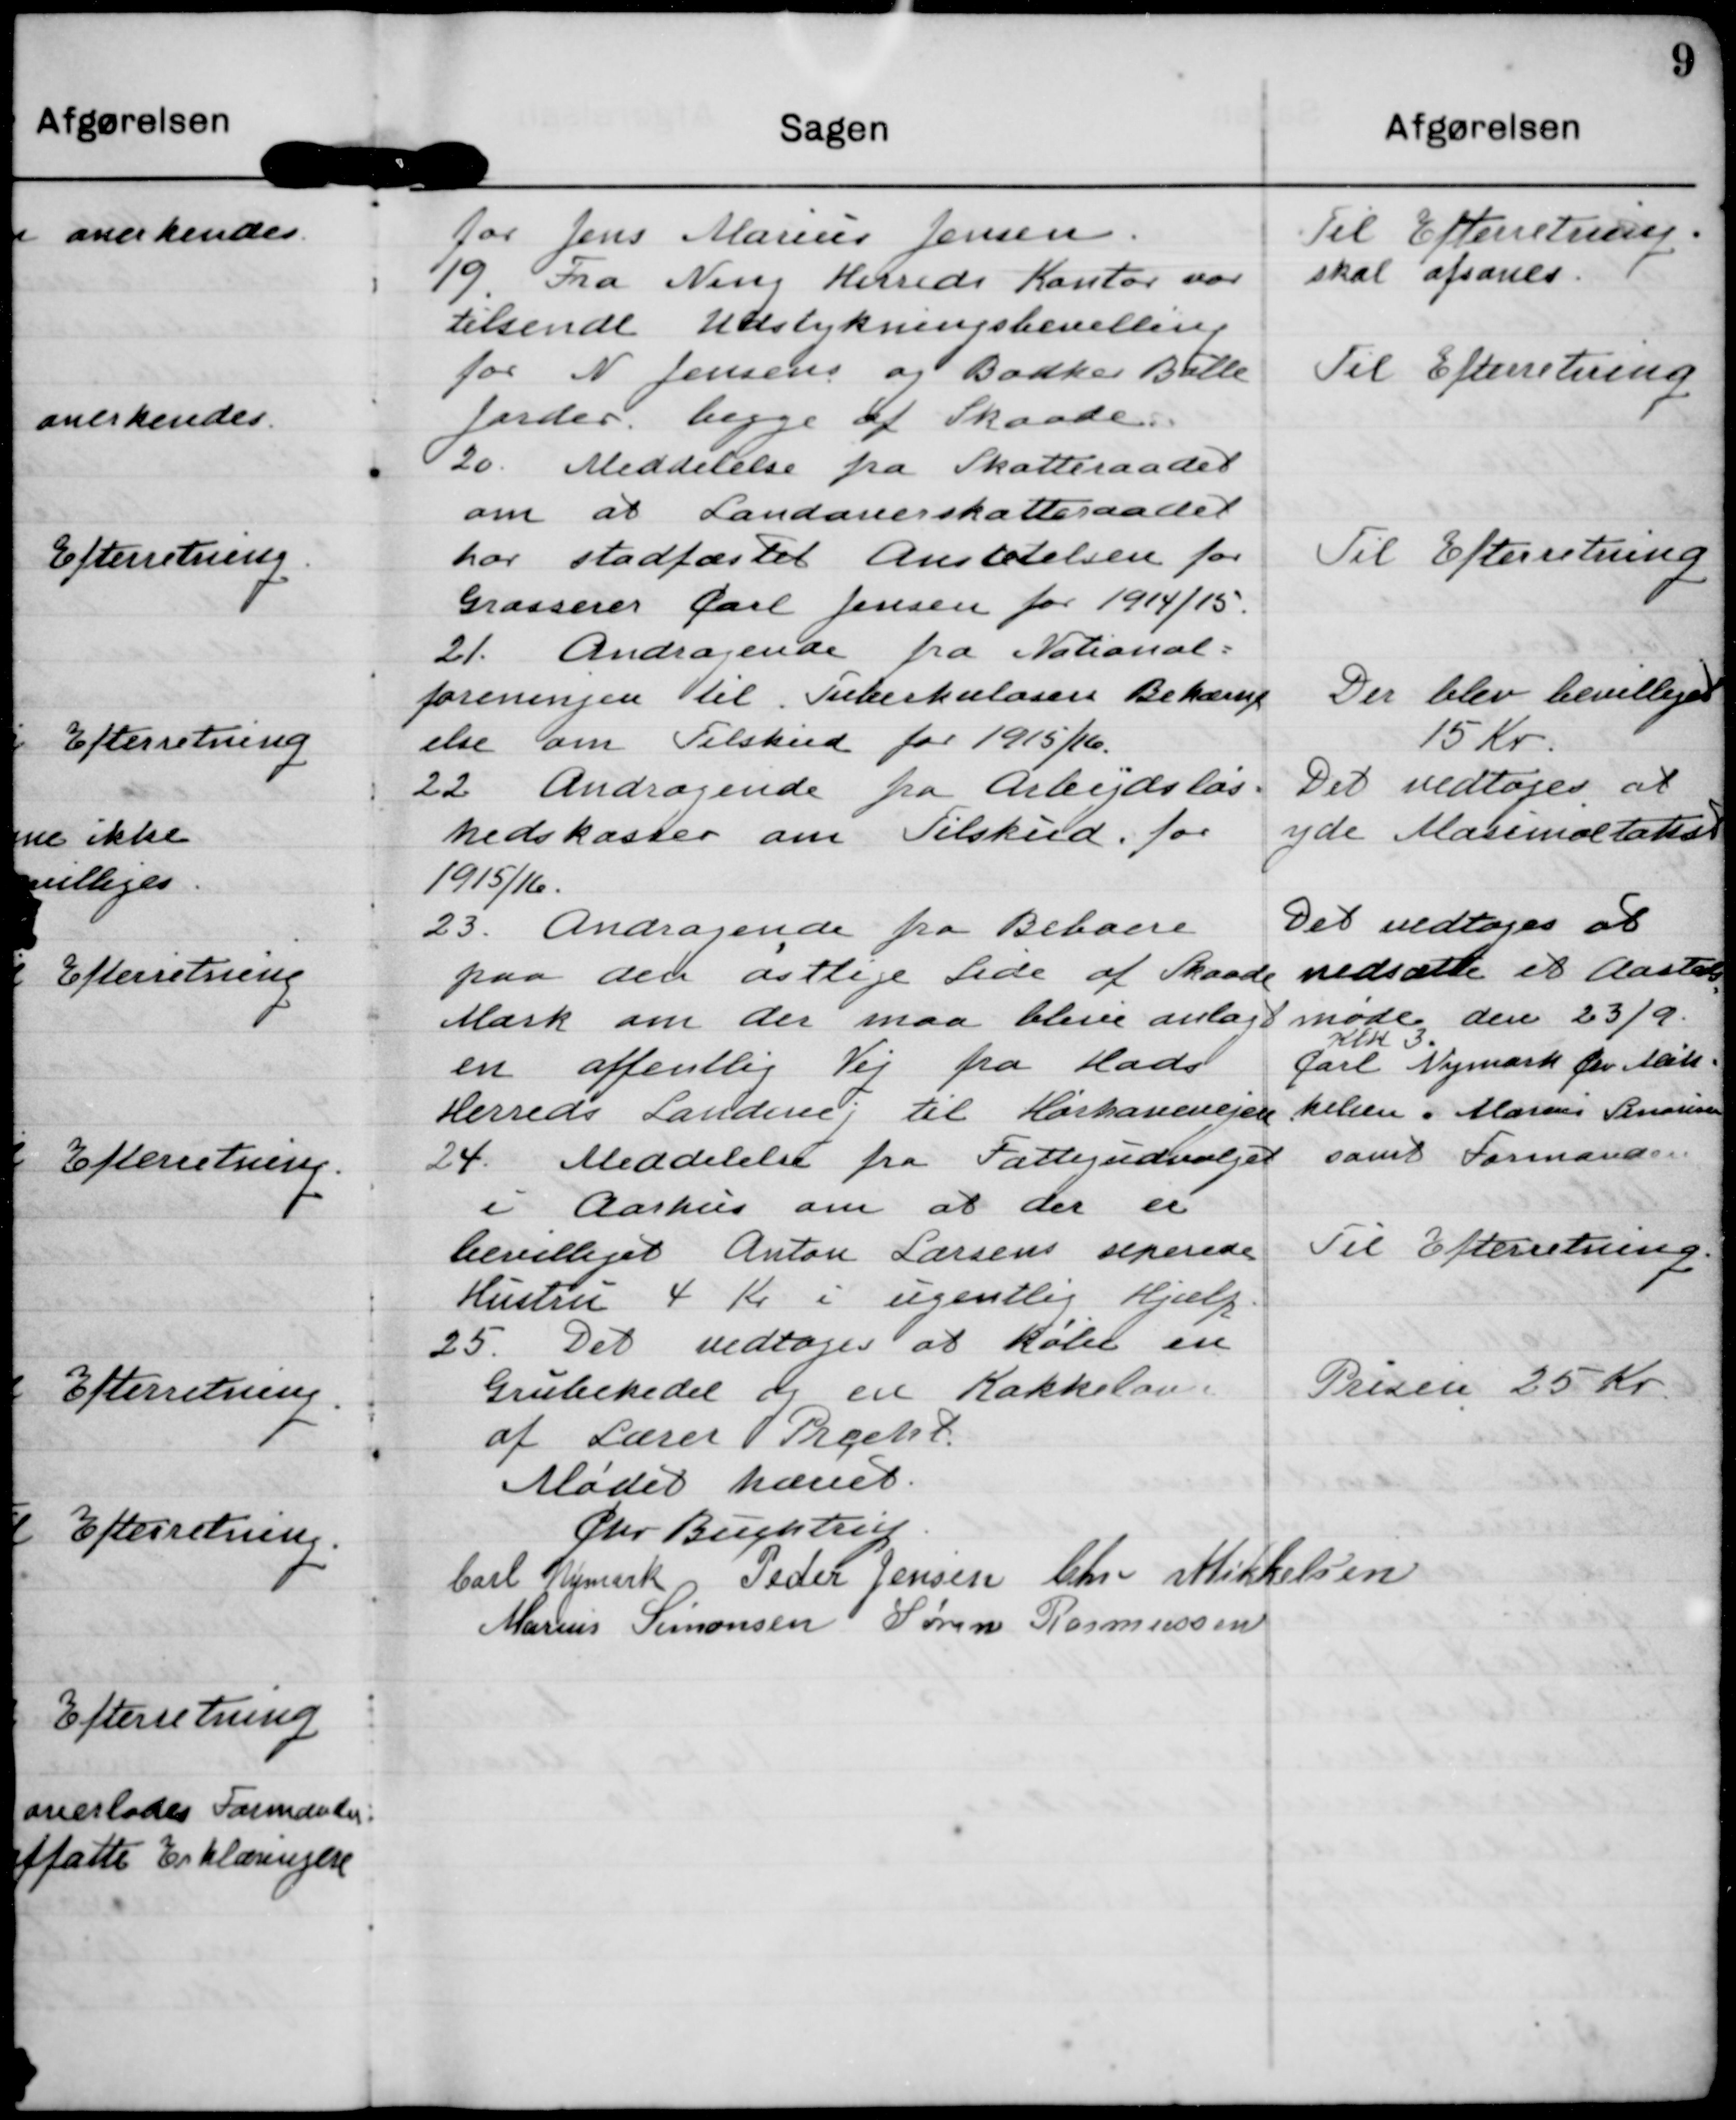
Transskription:
Til Efterretning.
skal afsones

for Jens Marius Jensen.

19. Fra Ning Herreds Kontor var
tilsendt Udstykningsbevilling
for N Jensens og Bødker Balle
Jorder begge af Skaade.

Til Efterretning

20. Meddelelse fra Skatteraadet
om at Landoverskatteraadet
har stadfæstet Ansætelsen for
Grosserer Carl Jensen for 1914/15.

Til Efterretning

21. Andragende fra National=
foreningen til Tuberkulosens Bekæmp
else om Tilskud for 1915/16.

Der blev bevilliget
15 Kr

Det vedtoges at
yde Masimaltakst

22. Andragende fra Arbejdsløs=
hedskasser om Tilskud for
1915/16.

Det vedtoges at
nedsætte et Aasted
møde den 23/9.
Klk 3.
Carl Nymark Chr Mik=
kelsen. Marius Simonsen
samt Formanden

23. Andragende fra Beboere
paa den østlige Side af Skaade
Mark om der maa blive anlagt
en offentlig Vej fra Hads
Herreds Landevej til Hørhavevejen.

24. Meddelelse fra Fattigudvalget
i Aarhus om at der er
bevilliget Anton Larsens seperede
Hustru 4 Kr i ugentlig Hjælp.

Til Efterretning

25. Det vedtoges at købe en
Grubekedel og en Kakkelovn
af Lærer Precht.

Prisen 25 Kr

Mødet hævet
Chr Buchtrup
Carl Nymark
Peder Jensen
Chr Mikkelsen
Marius Simonsen
Søren Rasmussen